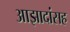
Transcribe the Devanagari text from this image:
आझादांसह